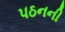
પઠનની